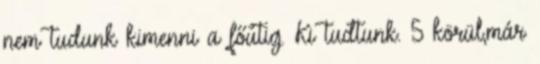
nem tudunk kimenni a főútig. Ki tudtunk. 5 körül,már